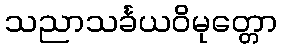
သညာသင်္ခယဝိမုတ္တော